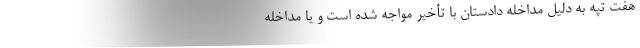
هفت تپه به دلیل مداخله دادستان با تأخیر مواجه شده است و یا مداخله